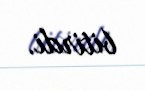
bitirdi.